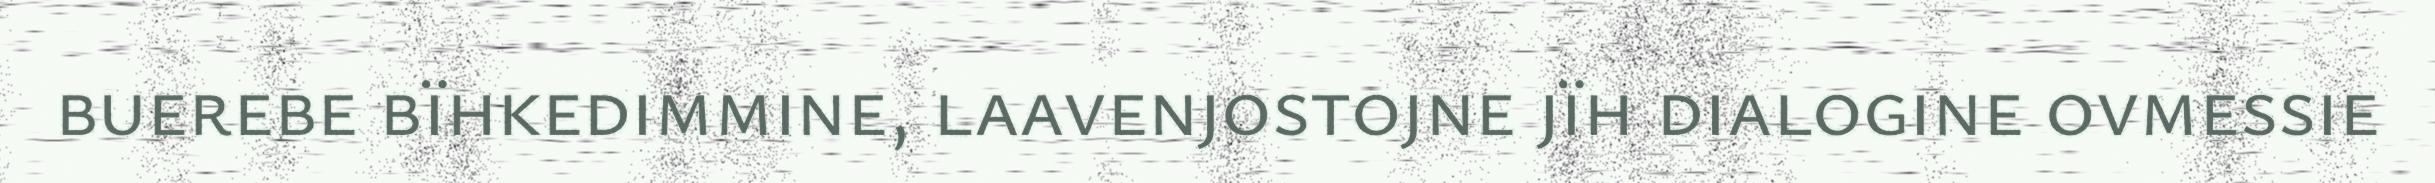
buerebe bïhkedimmine, laavenjostojne jïh dialogine ovmessie